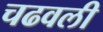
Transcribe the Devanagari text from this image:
चढवली